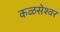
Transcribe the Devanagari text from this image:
कळसेश्वर